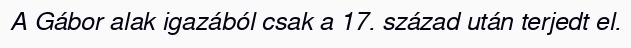
A Gábor alak igazából csak a 17. század után terjedt el.